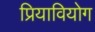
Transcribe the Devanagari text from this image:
प्रियावियोग